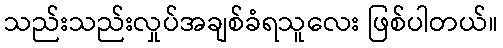
သည်းသည်းလှုပ်အချစ်ခံရသူလေး ဖြစ်ပါတယ်။